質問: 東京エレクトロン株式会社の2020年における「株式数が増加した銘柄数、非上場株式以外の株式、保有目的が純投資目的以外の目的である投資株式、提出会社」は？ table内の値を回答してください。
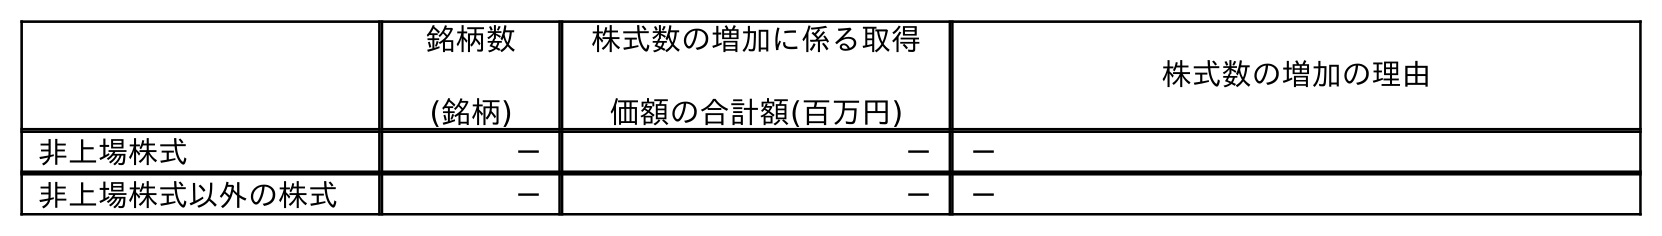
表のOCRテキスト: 銘柄数 (銘柄) 株式数の増加に係る取得 価額の合計額(百万円) 株式数の増加の理由 非上場株式 － － － 非上場株式以外の株式 － － －
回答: －